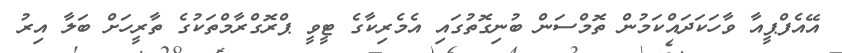
އޭއެފްޕީއާ ވާހަކަދައްކަމުން ތޮމްސަން ބުނިގޮތުގައި އެމެރިކާގެ ޓީވީ ޕްރޮގްރާމްތަކުގެ ތާރީހަށް ބަލާ އިރު